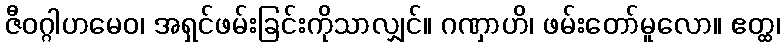
ဇီဝဂ္ဂါဟမေဝ၊ အရှင်ဖမ်းခြင်းကိုသာလျှင်။ ဂဏှာဟိ၊ ဖမ်းတော်မူလော။ ဧတ္ထ၊